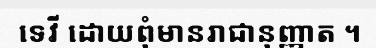
ទេវី ដោយពុំមានរាជានុញ្ញាត ។